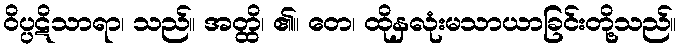
ဝိပ္ပဋိသာရာ၊ သည်။ အတ္ထိ၊ ၏။ တေ၊ ထိုနှလုံးမသာယာခြင်းတို့သည်။